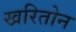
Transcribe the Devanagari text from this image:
खरितोन